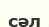
сәл